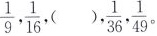
\frac{1}{9} , \frac{1}{16} ( ) \frac{1}{36},\frac{1}{49} 。